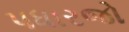
પધારજો